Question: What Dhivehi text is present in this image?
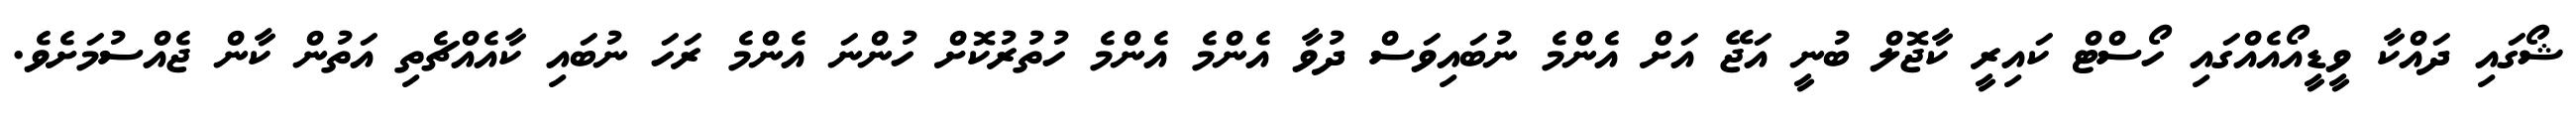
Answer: ޝޯގައި ދައްކާ ވީޑީއޯއެއްގައި ހޯސްޓް ކައިރީ ކާޖޮލް ބުނީ އަޖޭ އަށް އެންމެ ނުބައިވަސް ދުވާ އެންމެ އެންމެ ހުތުރުކޮށް ހުންނަ އެންމެ ރަހަ ނުބައި ކާއެއްޗެތި އަތުން ކާން ޖެއްސުމަށެވެ.